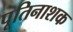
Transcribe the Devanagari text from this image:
पूतिनाशक